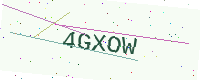
Text: 4GXOW